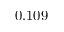
0 . 1 0 9